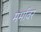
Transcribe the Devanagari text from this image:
मर्मावर